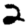
Digit: 2